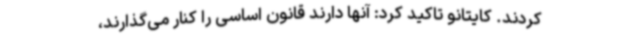
کردند. کایتانو تاکید کرد: آنها دارند قانون اساسی را کنار می‌گذارند،